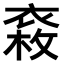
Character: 𧛉